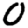
Digit: 0